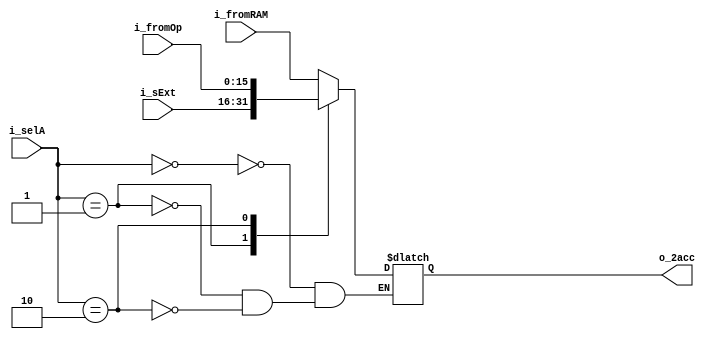
`timescale 1ns / 1ps
//////////////////////////////////////////////////////////////////////////////////
// Company: 
// Engineer: 
// 
// Design Name: 
// Module Name: selectA
// Project Name: 
// Target Devices: 
// Tool Versions: 
// Description: 
// 
// Dependencies: 
// 
// Revision:
// Revision 0.01 - File Created
// Additional Comments:
// 
//////////////////////////////////////////////////////////////////////////////////


module selectA(
    output reg [15:0] o_2acc,
    input [15:0] i_fromOp,
    input [15:0] i_sExt,
    input [15:0] i_fromRAM,
    input [1:0] i_selA
    );
    localparam [1:0]
                RAM = 2'b00,
                SE = 2'b01,
                OP = 2'b10;
    reg [15:0] ram_value, sext_value, op_value;            
    always @*
    begin
        ram_value = i_fromRAM;
        sext_value = i_sExt;
        op_value = i_fromOp;
        case (i_selA)

                    RAM:
                    begin
                        o_2acc = ram_value;
                    end
                    SE:
                    begin
                        o_2acc = sext_value;
                    end
                    OP:
                    begin
                        o_2acc = op_value;
                    end
                    default:
                    begin
                        o_2acc = o_2acc;
                    end
        endcase
               
    end
    
endmodule